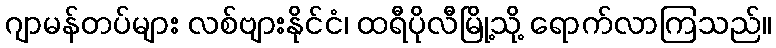
ဂျာမန်တပ်များ လစ်ဗျားနိုင်ငံ၊ ထရီပိုလီမြို့သို့ ရောက်လာကြသည်။